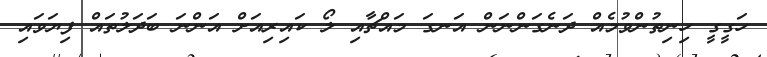
ހަގީގީ ހިނިތުންވުމެއް ދަނެގަންނަން އަނގަ މައްޗާއި ލޯ ކައިރިއަށް އަންނަ ބަދަލުތައް ފިޔަވައި